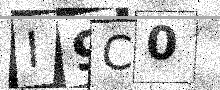
Text: I9C0